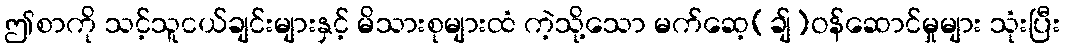
ဤစာကို သင့်သူငယ်ချင်းများနှင့် မိသားစုများထံ ကဲ့သို့သော မက်ဆေ့(ချ်)ဝန်ဆောင်မှုများ သုံးပြီး